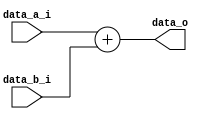
`timescale 1ns / 100ps


//Do NOT Modify This
module P1_ADD (data_a_i,data_b_i,data_o);

    input [15: 0] data_a_i;
    input [15: 0] data_b_i;
    output  [15: 0] data_o;
    
    assign data_o = data_a_i + data_b_i;

endmodule

//Do NOT Modify This
module P1_Mult (data_a_i,data_b_i,data_o);

    input [15: 0] data_a_i;
    input [15: 0] data_b_i;
    output  [15: 0] data_o;
    
    assign data_o = data_a_i * data_b_i;

endmodule

//Do NOT Modify This
module P1_Reg (DataIn, DataOut, rst, clk);

    input [15: 0] DataIn;
    output [15: 0] DataOut;
    input rst;
    input clk;
    reg [15:0] DataReg;
    
    always @(posedge clk)
        if(rst)
            DataReg  <= 16'b0;
        else
            DataReg <= DataIn;
    assign DataOut = DataReg ;          
endmodule

//Do NOT Modify This
module M216A_TopModule(
    Clk_In,
    D_In1,
    D_In2,
    D_In3,
    D_Out,
    Instruction_In,
    Rst_In);
  input Clk_In;
  input [15:0]D_In1;
  input [15:0]D_In2;
  input [15:0]D_In3;
  output [15:0]D_Out;
  input [15:0]Instruction_In;
  input Rst_In;

  reg [15:0]D_Out;
  
  //----------------------------------------------------------------------------------------
  // Declarations
  
  wire [15:0] reg_in1_0, reg_in2_0, reg_in3_0; 
  wire [15:0] reg_in1_1, reg_in1_2, reg_in1_3, reg_in1_4;
  wire [15:0] reg_mult_out_3, reg_mult_out_4;

  wire [15:0] reg_constant1, reg_constant2, reg_constant3;
  reg  [15:0] reg_in1_input;
	
  reg [15:0] adder_in1;
  wire [15:0] adder_out, adder_in2;
  reg [15:0] mult_in1, mult_in2;
  wire [15:0] mult_out;

  wire [15:0] Instruction_In;

  //----------------------------------------------------------------------------------------
  // Parameters

  parameter func1_ins = 16'b0000000000000001;
  parameter func2_ins = 16'b0000000000000010;
  parameter func3_ins = 16'b0000000000000011;
  parameter func4_ins = 16'b0000000000000100;
  parameter func5_ins = 16'b0000000000000101;
  parameter func6_ins = 16'b0000000000000110;
  parameter func7_ins = 16'b0000000000000111;
  parameter func8_ins = 16'b0000000000001000;

  parameter CONSTANT_7  = 16'd7;
  parameter CONSTANT_1  = 16'd1;
  parameter CONSTANT_0  = 16'd0;
  //----------------------------------------------------------------------------------------
  //Stage Registers
  P1_Reg R1
       (.DataIn(reg_in1_input),
        .DataOut(reg_in1_1),
        .rst(Rst_In),
        .clk(Clk_In)
        );
  P1_Reg R2
       (.DataIn(reg_in1_1),
        .DataOut(reg_in1_2),
        .rst(Rst_In),
        .clk(Clk_In)
        );
  P1_Reg R3
       (.DataIn(adder_out),
        .DataOut(reg_in1_3),
        .rst(Rst_In),
        .clk(Clk_In)
        );
  P1_Reg R4
       (.DataIn(reg_in1_3),
        .DataOut(reg_in1_4),
        .rst(Rst_In),
        .clk(Clk_In)
        );

  //in1 registers - func8 - THIS FLUSHES OUT THE TWO FIRST VALUES FOR FUNC8
  P1_Reg constant_reg_1
       (.DataIn(16'b1),
        .DataOut(reg_constant1),
        .rst(Rst_In),
        .clk(Clk_In)
        );
  P1_Reg constant_reg_2
       (.DataIn(reg_constant1),
        .DataOut(reg_constant2),
        .rst(Rst_In),
        .clk(Clk_In)
        );
  P1_Reg constant_reg_3
       (.DataIn(reg_constant2),
        .DataOut(reg_constant3),
        .rst(Rst_In),
        .clk(Clk_In)
        );
  //----------------------------------------------------------------------------------------
  //Combinational Logic
  P1_ADD P1_ADD_0
       (.data_a_i(adder_in1),
        .data_b_i(adder_in2),
        .data_o(adder_out));
  P1_Mult P1_MULT_0
       (.data_a_i(mult_in1),
        .data_b_i(mult_in2),
        .data_o(mult_out));
  
  //----------------------------------------------------------------------------------------
  //Input Lines
  assign reg_in1_0 = D_In1;
  assign reg_in2_0 = D_In2;
  assign reg_in3_0 = D_In3;

  //----------------------------------------------------------------------------------------
  //Adder MUX
  //INPUT 1
  always @(*) begin
	case(Instruction_In)
		func2_ins, func4_ins	: adder_in1 = CONSTANT_0;
		func3_ins		: adder_in1 = reg_in2_0;
		func5_ins, func7_ins	: adder_in1 = reg_in1_0;
		func6_ins, func8_ins    : adder_in1 = reg_in1_3;
		default			: adder_in1 = CONSTANT_0;
	endcase
  end

  //INPUT 2 - always connected to the MULT
  assign  adder_in2 = mult_out;

  //----------------------------------------------------------------------------------------
  //Mult MUX
  //INPUT 1
  always @(*) begin
	case(Instruction_In)
		func2_ins			: mult_in1 = reg_in1_2;
		func4_ins			: mult_in1 = reg_in1_0;
		func5_ins, func6_ins, func3_ins	: mult_in1 = reg_in3_0;
		func7_ins, func8_ins		: mult_in1 = reg_in1_2;
		default			: mult_in1 = CONSTANT_0;
	endcase
  end
  //INPUT 2
  always @(*) begin
	case(Instruction_In)
		func2_ins, func3_ins	: mult_in2 = CONSTANT_1;
		func6_ins		: mult_in2 = CONSTANT_7;
		func4_ins, func5_ins	: mult_in2 = reg_in2_0;
		func7_ins, func8_ins    : mult_in2 = reg_in1_1;
		default			: mult_in2 = CONSTANT_0;
	endcase
  end

  //----------------------------------------------------------------------------------------
  //INPUT1 MUX - func8
  always @(*) begin
	case(reg_constant3)
		1'b1	: reg_in1_input = reg_in1_0;
		default : reg_in1_input = (Instruction_In == func8_ins)? CONSTANT_0: reg_in1_0;
	endcase
  end

  //----------------------------------------------------------------------------------------
  //OUTPUT MUX
  always @(*) begin
	case(Instruction_In)
		func1_ins: D_Out = reg_in1_2;
		default: D_Out = reg_in1_4;
	endcase
  end
endmodule